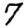
Digit: 7